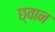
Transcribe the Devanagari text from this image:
छ्वान